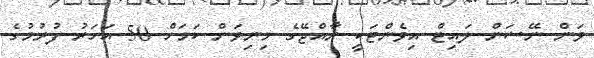
ވަން ނޭޝަން ލައިޓް އިވެންޓަކީ ރާއްޖޭގެ މިނިވަން ކަމަށް 50 އަހަރު ފުރުމުގެ